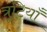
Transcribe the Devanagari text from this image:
त्रूटियाँ